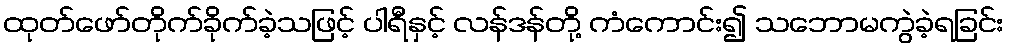
ထုတ်ဖော်တိုက်ခိုက်ခဲ့သဖြင့် ပါရီနှင့် လန်ဒန်တို့ ကံကောင်း၍ သဘောမကွဲခဲ့ရခြင်း